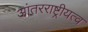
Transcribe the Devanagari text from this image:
आंतरराष्ट्रीयत्व